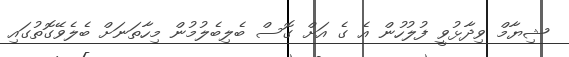
ޝިޔާމް ވިދާޅުވީ ފުލުހުން އެ ގެ އަށް ގޮސް ބެލިބެލުމުން މިހާތަނަށް ބެލެވޭގޮތުގައި